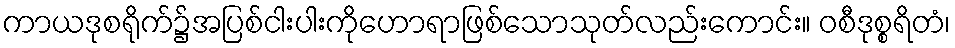
ကာယဒုစရိုက်၌အပြစ်ငါးပါးကိုဟောရာဖြစ်သောသုတ်လည်းကောင်း။ ဝစီဒုစ္စရိတံ၊